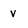
Character: v